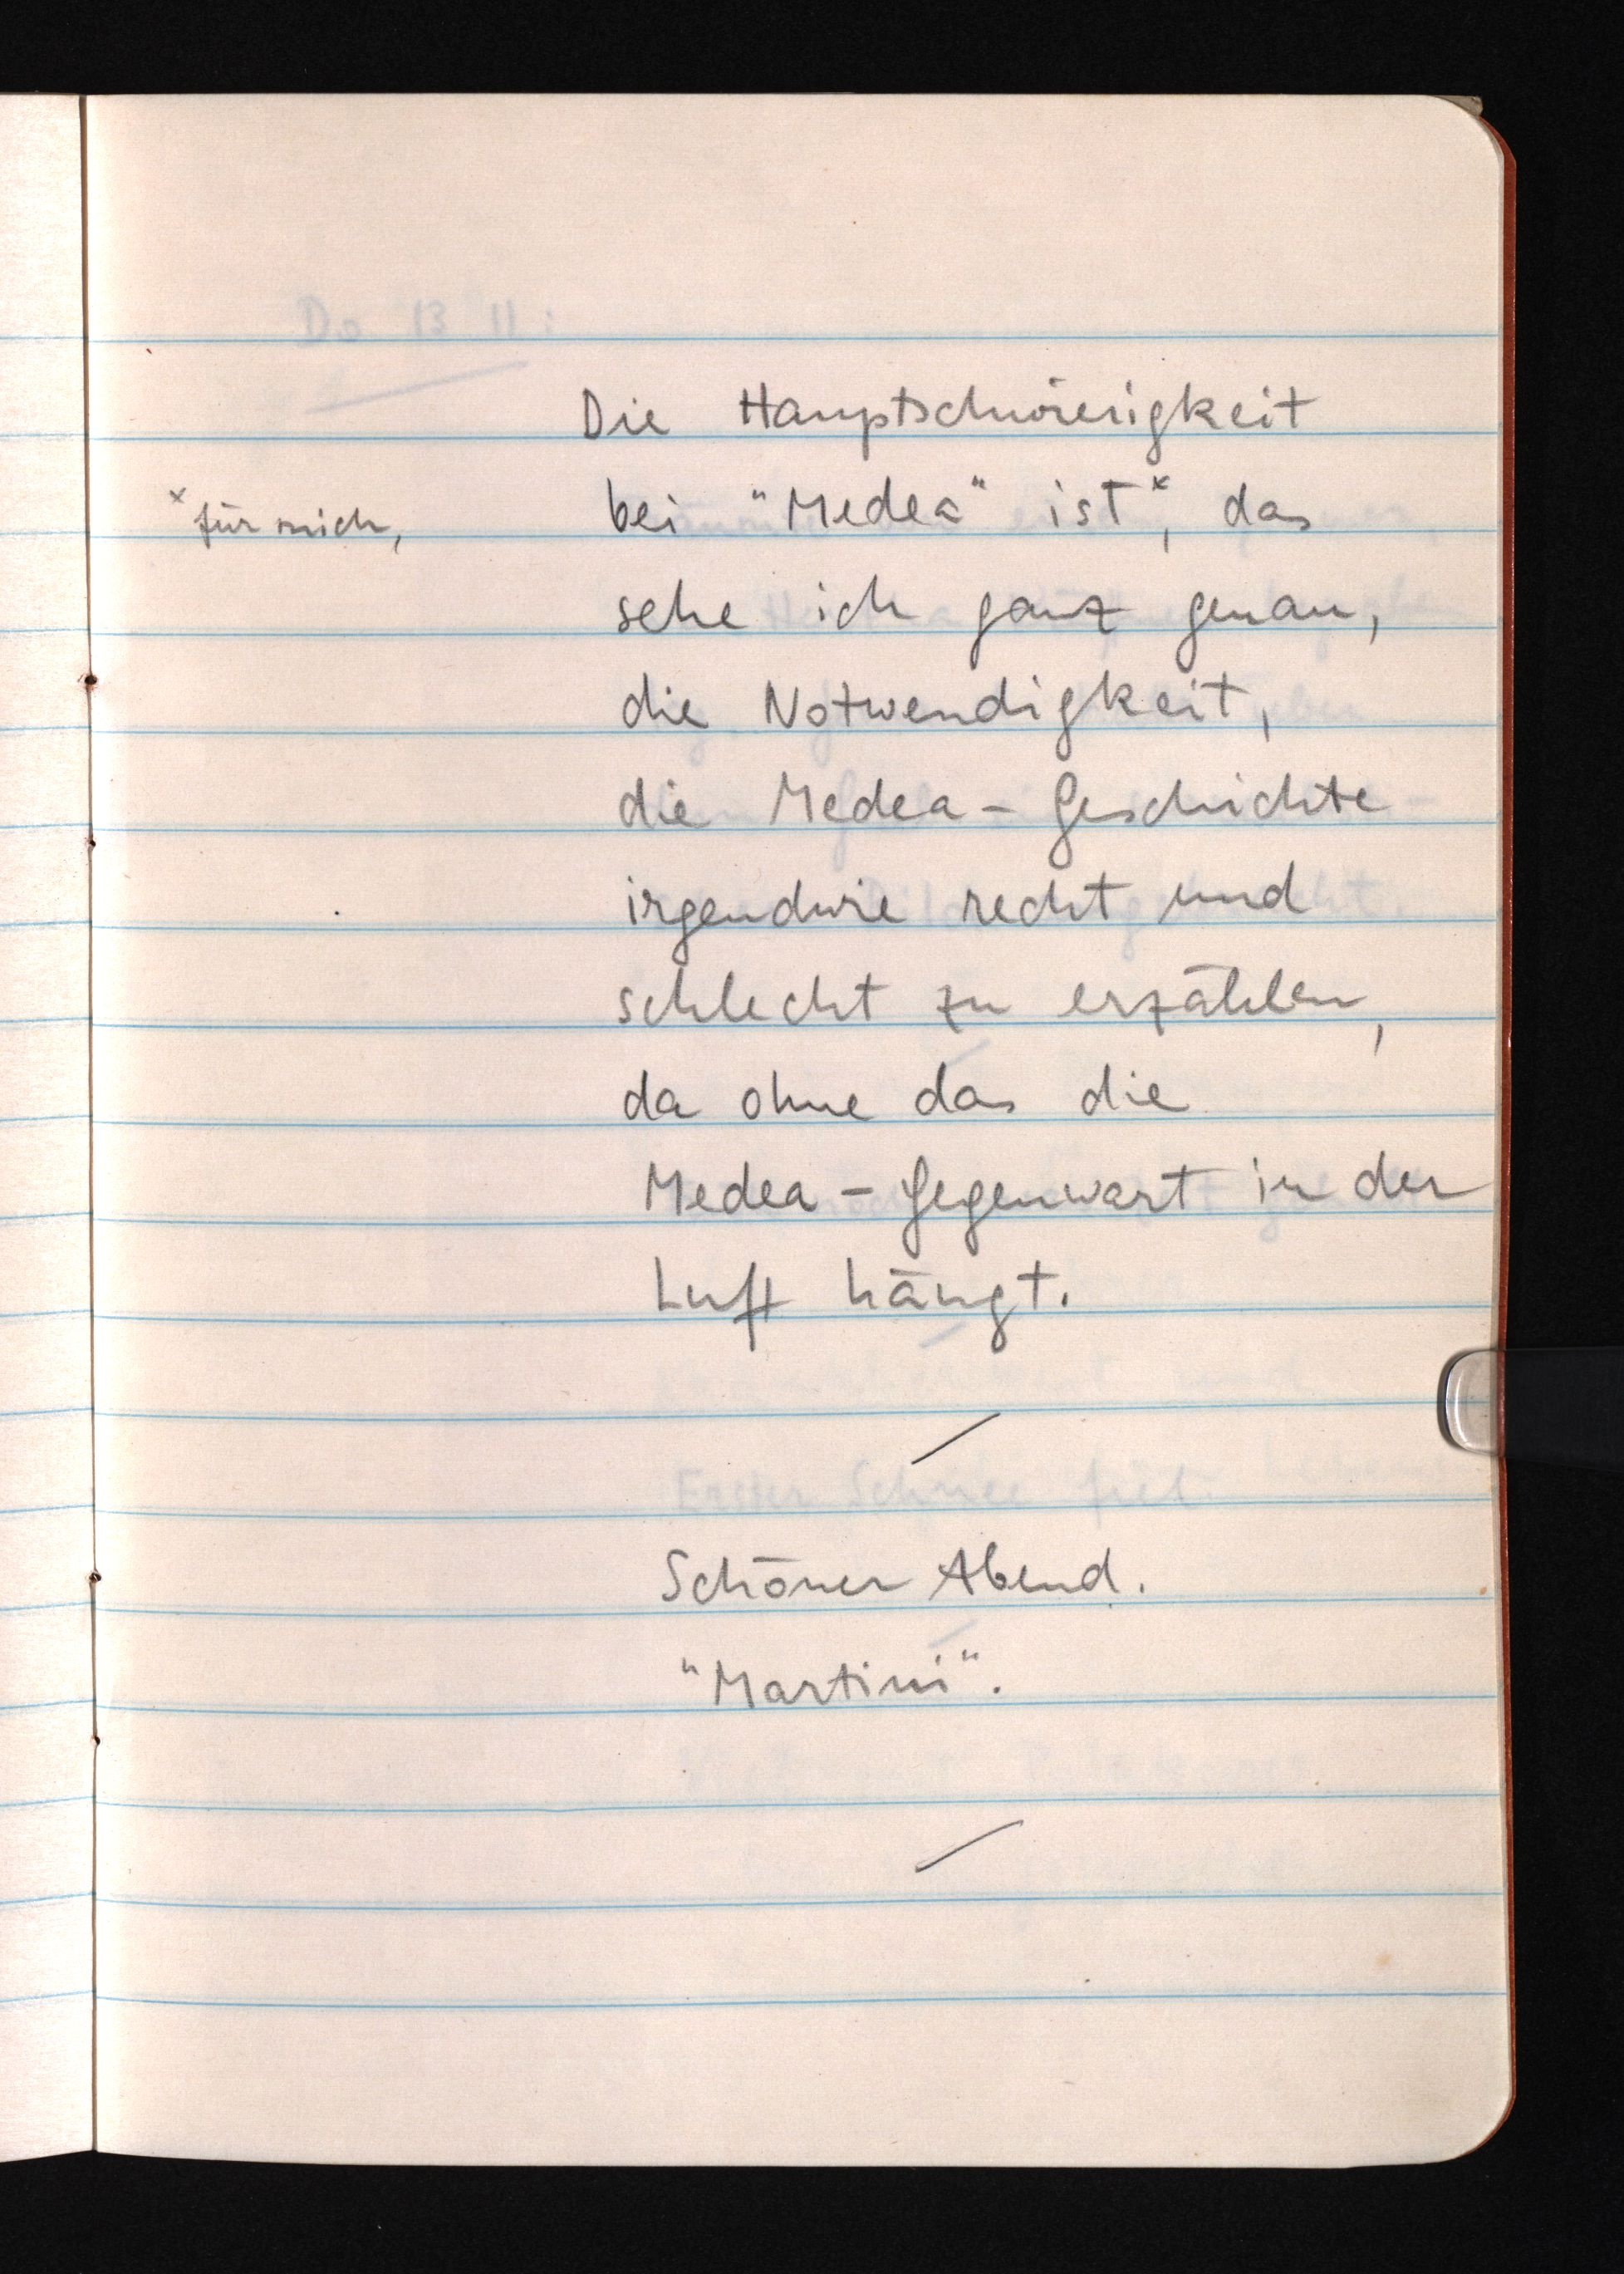
Die Hauptschwierigkeit
bei "Medea" istx, das
sehe ich ganz genau,
die Notwendigkeit,
die Medea-Geschichte
irgendwie recht und
schlecht zu erzählen,
da ohne das die
Medea-Gegenwart in der
Luft hängt.
Schöner Abend.
"Martini".

x für mich,